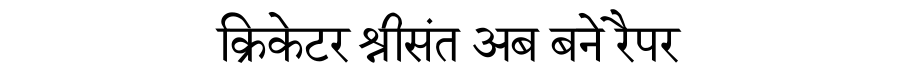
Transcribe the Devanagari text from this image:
क्रिकेटर श्रीसंत अब बने रैपर